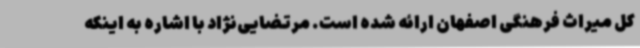
کل میراث فرهنگی اصفهان ارائه شده است. مرتضایی‌نژاد با اشاره به اینکه